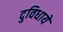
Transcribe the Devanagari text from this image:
दुविधायें